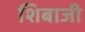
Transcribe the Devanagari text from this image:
शिबाजी